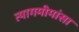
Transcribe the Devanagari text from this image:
त्यागमीमांसा